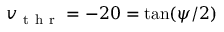
v _ { \mathrm { ~ t ~ h ~ r ~ } } = - 2 0 = \tan ( \psi / 2 )